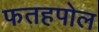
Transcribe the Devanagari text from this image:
फतहपोल